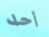
أحد